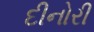
દીનોરી